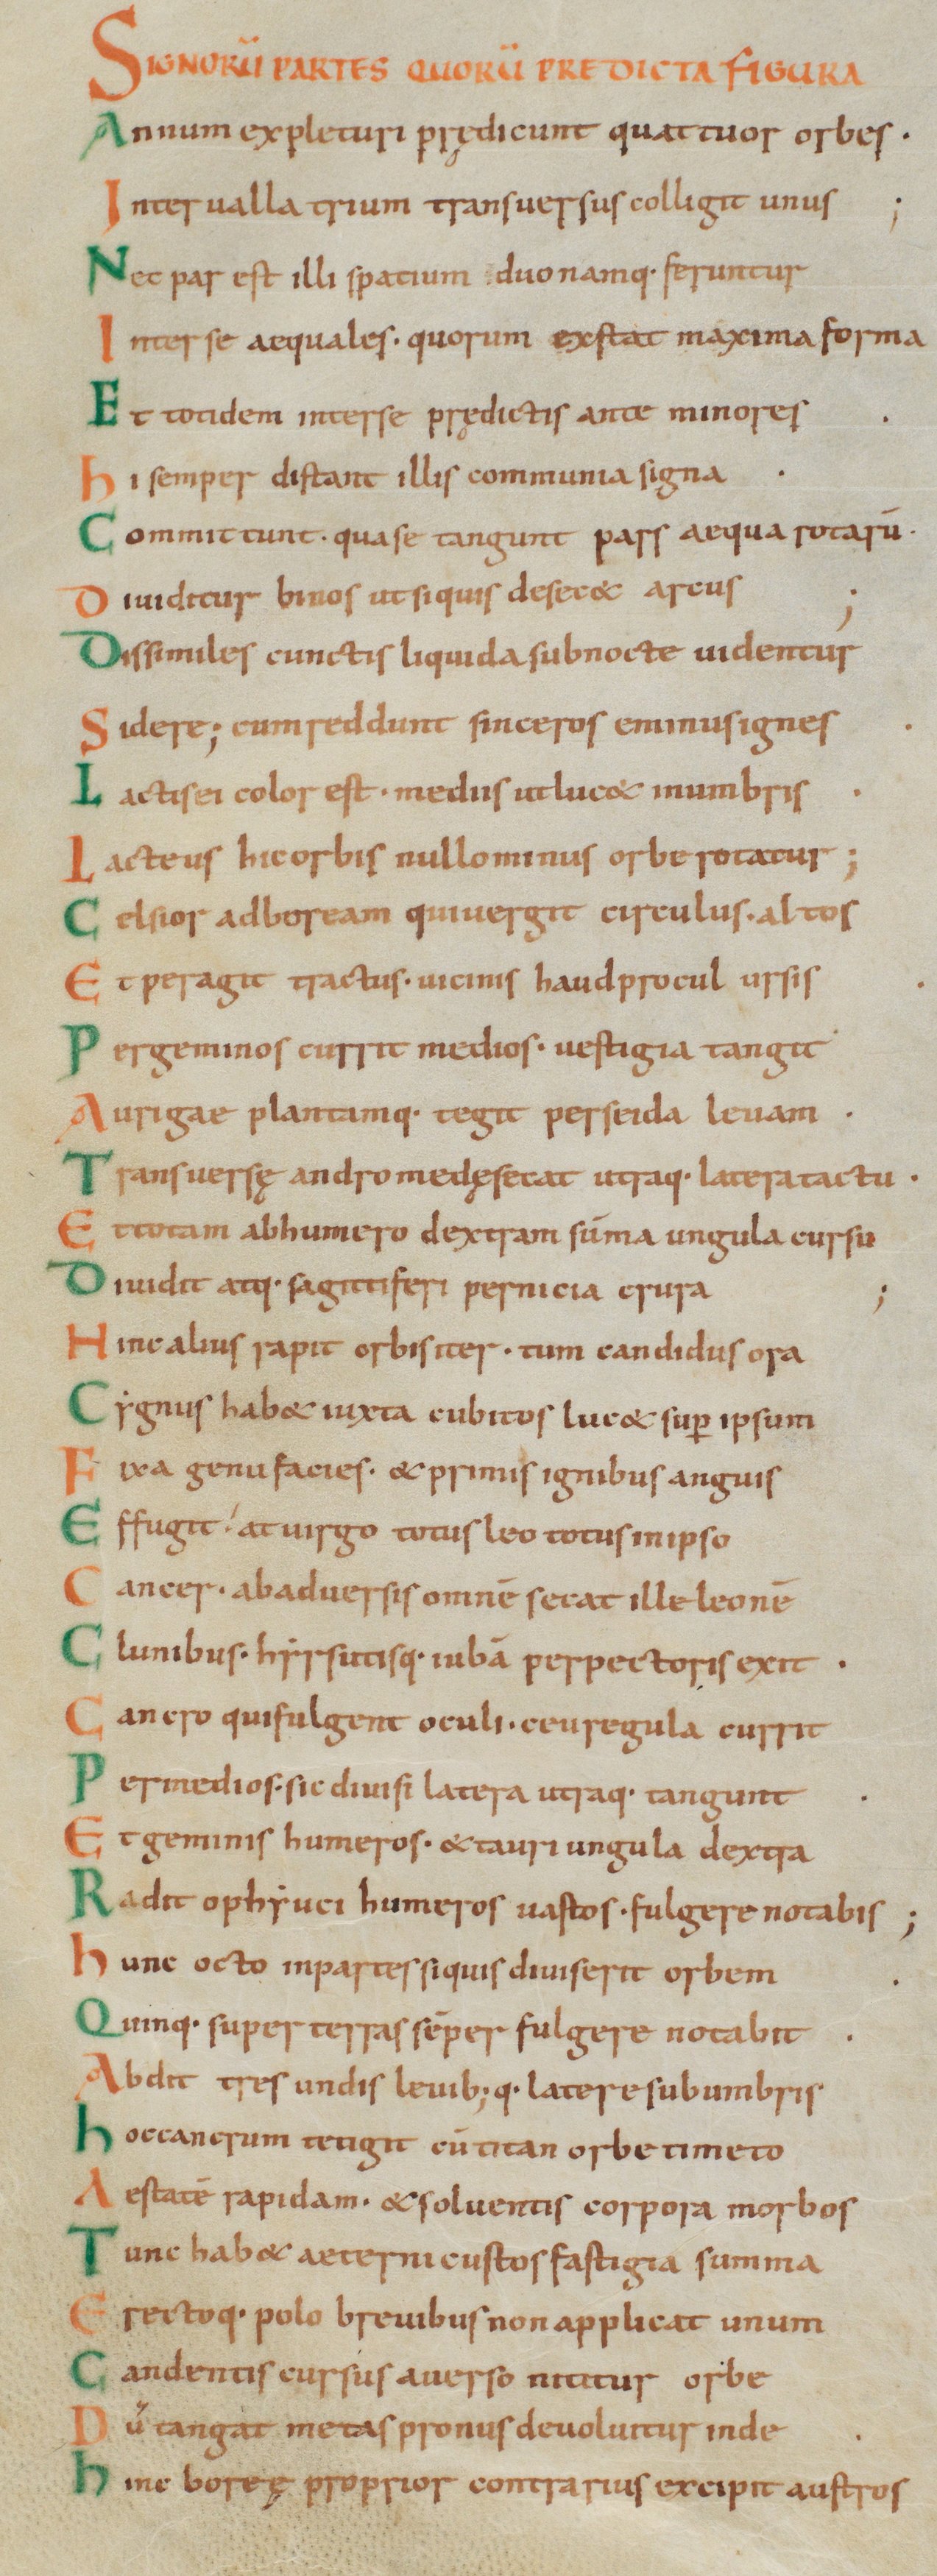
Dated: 1000–1028